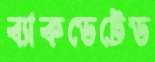
ব্যাকডেটেড